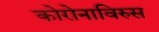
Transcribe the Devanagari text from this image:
कोरोनाविरुस